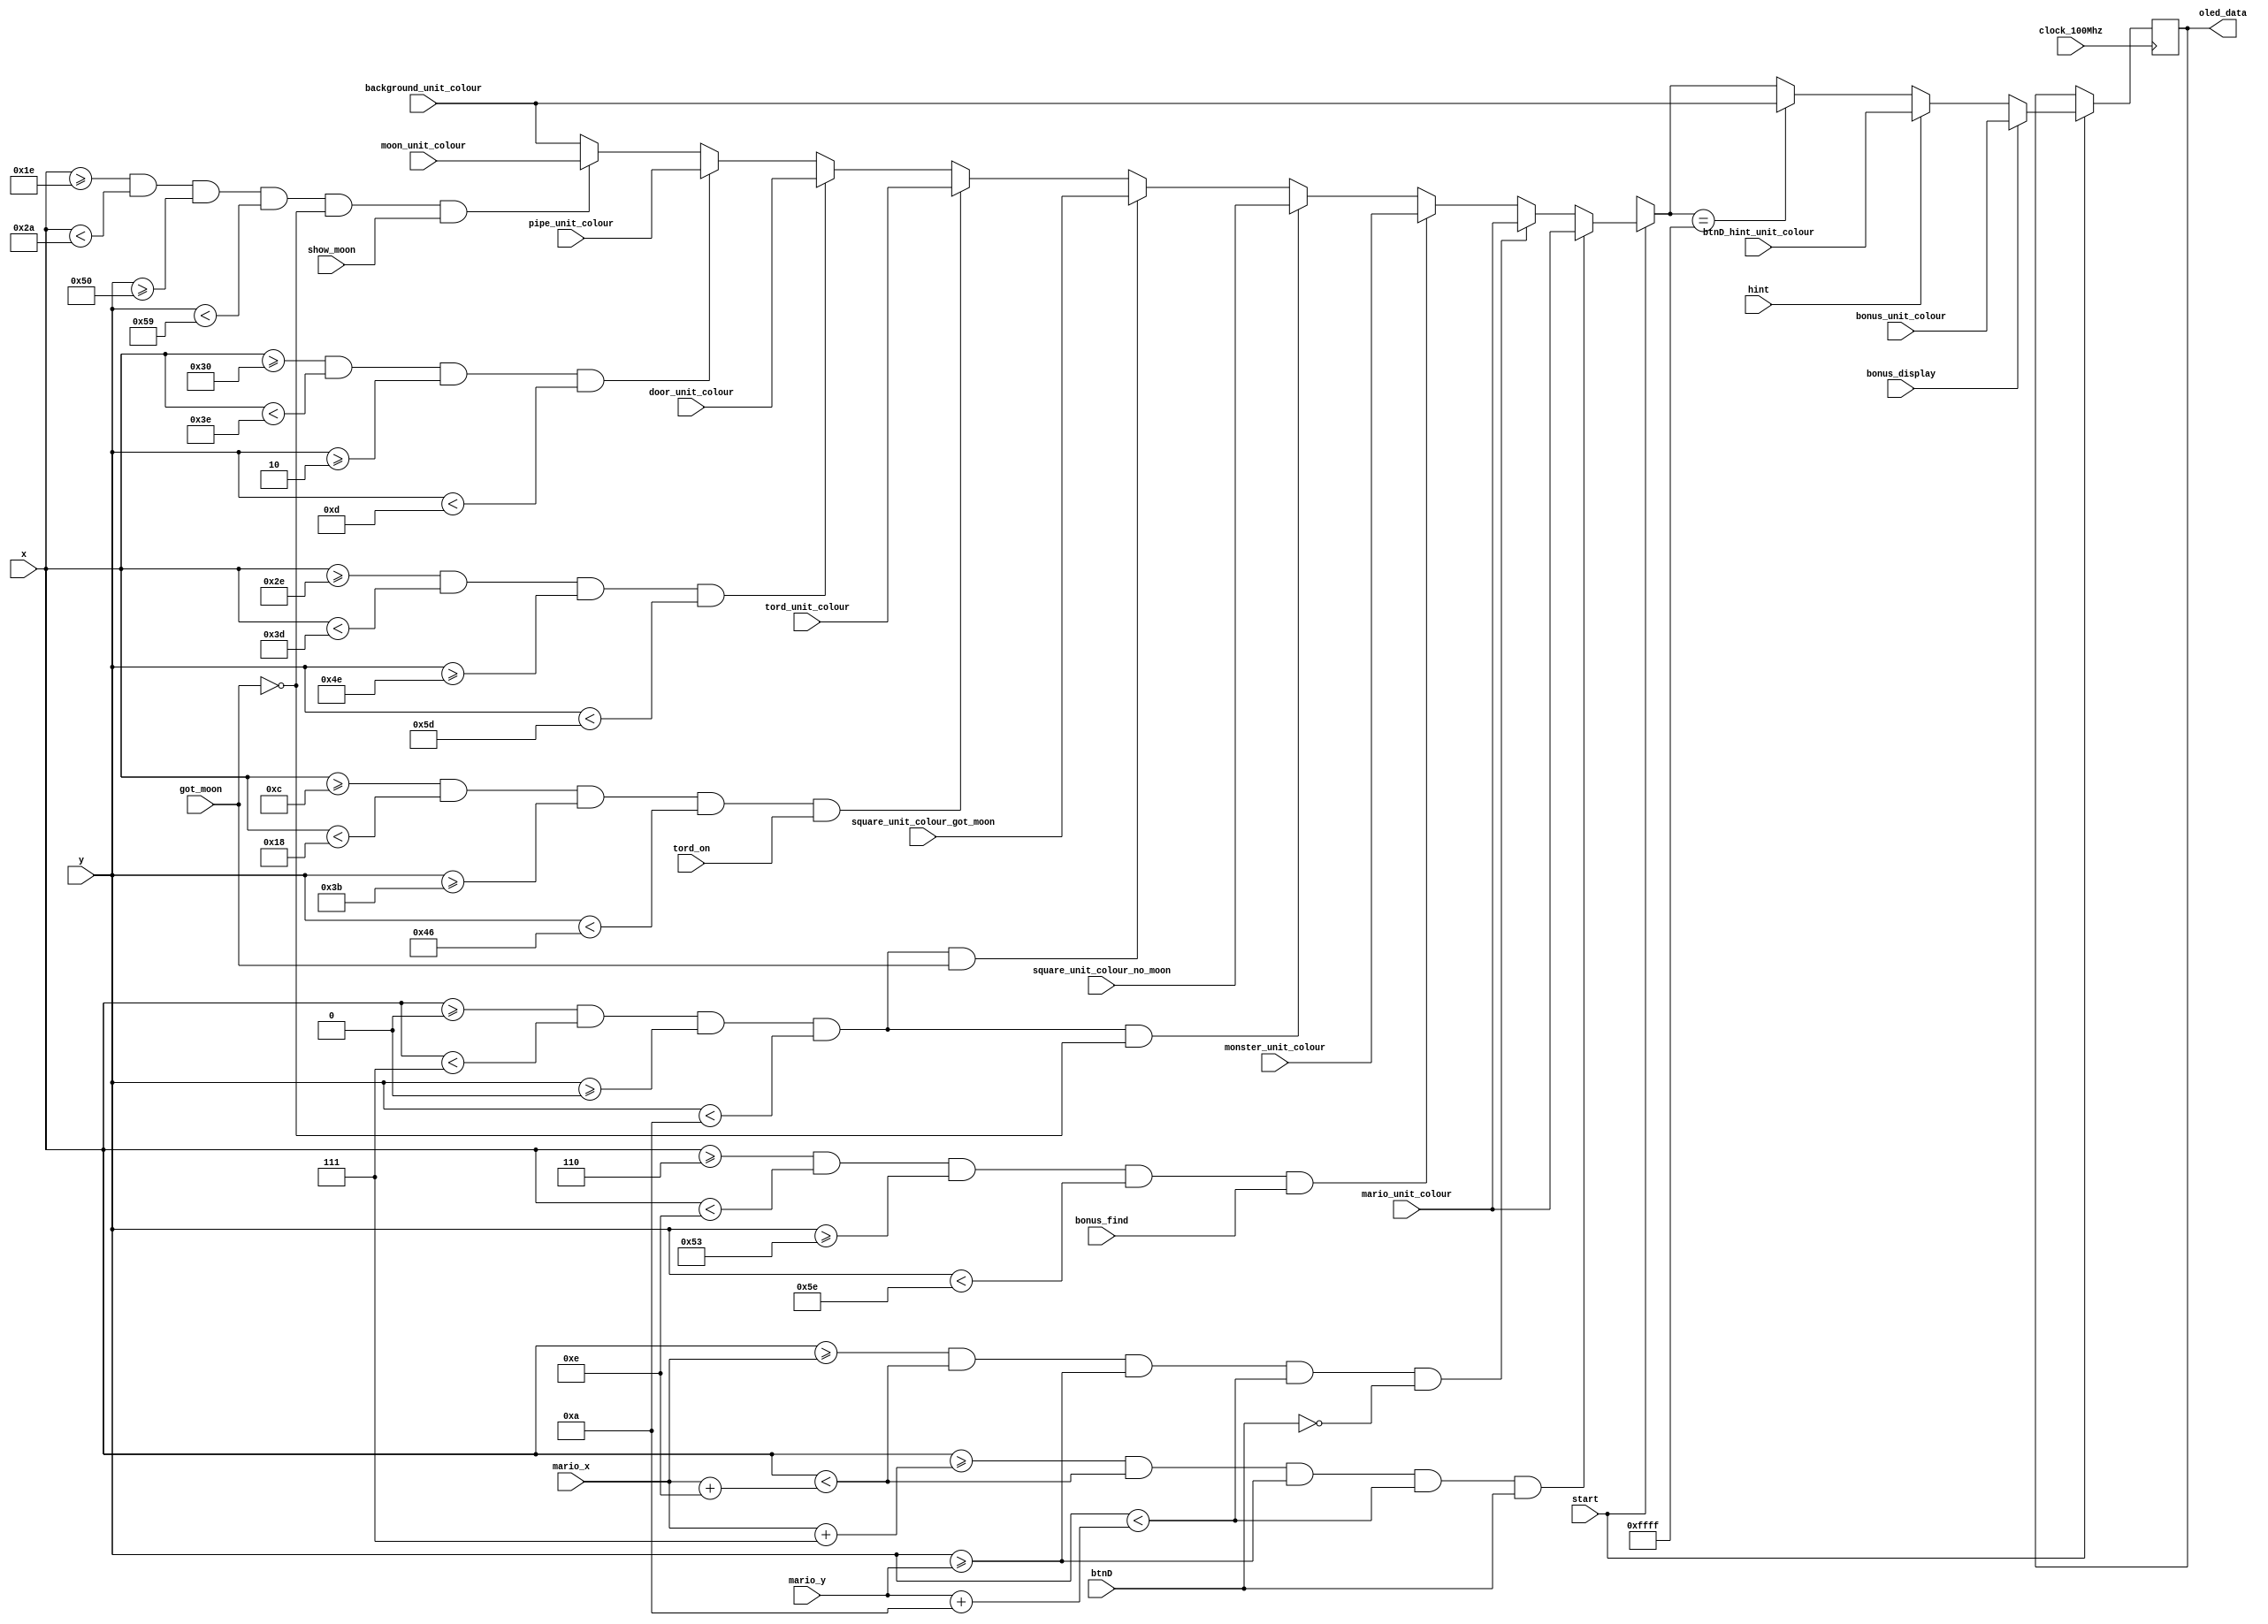
`timescale 1ns / 1ps
//////////////////////////////////////////////////////////////////////////////////
// Company: 
// Engineer: 
// 
// Design Name: 
// Module Name: render
// Project Name: 
// Target Devices: 
// Tool Versions: 
// Description: 
// 
// Dependencies: 
// 
// Revision:
// Revision 0.01 - File Created
// Additional Comments:
// 
//////////////////////////////////////////////////////////////////////////////////


module render(
    input start,
    input bonus_display,
    input bonus_find,
    input show_moon,
    input tord_on,
    input hint,
    input got_moon,
    input btnD,
    input clock_100Mhz,
    
    input [15:0]mario_unit_colour,
    input [15:0]background_unit_colour,
    input [15:0]btnD_hint_unit_colour,
    input [15:0]moon_unit_colour,    
    input [15:0]pipe_unit_colour,
    input [15:0]door_unit_colour,
    input [15:0]tord_unit_colour,
    input [15:0]square_unit_colour_no_moon,
    input [15:0]square_unit_colour_got_moon,
    input [15:0]monster_unit_colour,
    input [15:0]bonus_unit_colour,
    
    input [5:0]mario_x,
    input [6:0]mario_y,

    output reg [15:0]oled_data,
    input [5:0]x,
    input [6:0]y
    );
    
    parameter [5:0]monster_x=6, moon_x = 30,tord_x=12,pipe_x=48,square_x=0,door_x=46;
    parameter [6:0]monster_y=83,moon_y = 80,tord_y=59,pipe_y=2,square_y=0,door_y=78;   
    
    always @(posedge clock_100Mhz)
    begin
    if (start) begin
       oled_data = background_unit_colour;
       if(x >= moon_x && x< moon_x+12 && y>= moon_y && y< moon_y+9 && ~got_moon && show_moon) oled_data = moon_unit_colour;
       if(x >= pipe_x && x< pipe_x+14 && y>= pipe_y && y< pipe_y+11) oled_data = pipe_unit_colour;
       if (x >= door_x && x< door_x+15 && y>= door_y && y< door_y + 15) oled_data = door_unit_colour;
       if (x >= tord_x && x< tord_x+12 && y>= tord_y && y< tord_y + 11 && tord_on) oled_data = tord_unit_colour;
       
       if (x >= square_x && x< square_x+7 && y>= square_y && y< square_y + 10 && got_moon) oled_data = square_unit_colour_got_moon;
       if (x >= square_x && x< square_x+7 && y>= square_y && y< square_y + 10 && ~got_moon) oled_data = square_unit_colour_no_moon;
       if (x >= monster_x && x< monster_x+8 && y>= monster_y && y< monster_y + 11 && bonus_find) oled_data = monster_unit_colour;
      
       if ( x >= mario_x && x< mario_x+14 && y>= mario_y && y< mario_y+10 && ~btnD)  oled_data = mario_unit_colour;
       if (x >= mario_x+7 && x< mario_x+14 && y>= mario_y && y< mario_y+10 && btnD)  oled_data = mario_unit_colour;

       if(oled_data == 16'hffff) oled_data = background_unit_colour;
       
       if (hint) oled_data = btnD_hint_unit_colour;
       if (bonus_display) oled_data = bonus_unit_colour;
    end
    end
endmodule